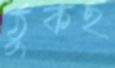
ঠুকছ